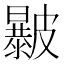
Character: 㿺